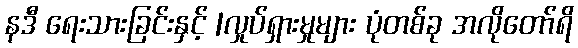
နဒီ ရေးသားခြင်းနှင့် |လှုပ်ရှားမှုများ ပုံတစ်ခု အလိုတော်ရိ